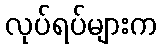
လုပ်ရပ်များက